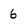
Character: 6